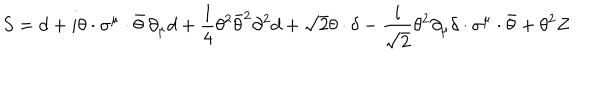
S = d + i \theta \cdot \sigma ^ { \mu } \cdot \bar { \theta } \, \partial _ { \mu } d + \frac { 1 } { 4 } \theta ^ { 2 } \bar { \theta } ^ { 2 } \partial ^ { 2 } d + \sqrt { 2 } \theta \cdot \delta - \frac { i } { \sqrt { 2 } } \theta ^ { 2 } \partial _ { \mu } \delta \cdot \sigma ^ { \mu } \cdot \bar { \theta } + \theta ^ { 2 } Z